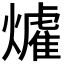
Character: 𱬟